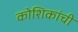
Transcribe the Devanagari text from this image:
कोशिकांची